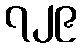
၇၂၉